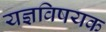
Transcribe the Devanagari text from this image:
यज्ञविषयक